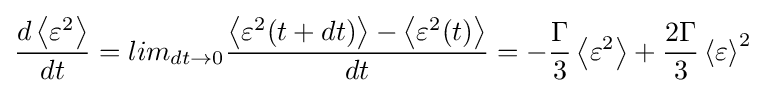
{\dfrac {d\left\langle \varepsilon ^{2}\right\rangle }{dt}}=lim_{dt\rightarrow 0}{\dfrac {\left\langle \varepsilon ^{2}(t+dt)\right\rangle -\left\langle \varepsilon ^{2}(t)\right\rangle }{dt}}=-{\dfrac {\Gamma }{3}}\left\langle \varepsilon ^{2}\right\rangle +{\dfrac {2\Gamma }{3}}\left\langle \varepsilon \right\rangle ^{2}